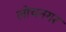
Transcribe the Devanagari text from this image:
लोचनगर